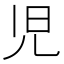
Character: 児